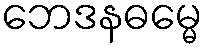
ဘေဒနဓမ္မေ